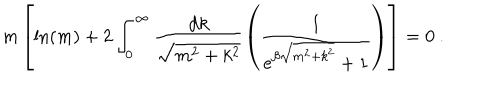
m \left[ \ln ( m ) + 2 \int _ { 0 } ^ { \infty } \frac { \mathrm { d } k } { \sqrt { m ^ { 2 } + k ^ { 2 } } } \left( \frac { 1 } { \mathrm { e } ^ { \beta \sqrt { m ^ { 2 } + k ^ { 2 } } } + 1 } \right) \right] = 0 \ .